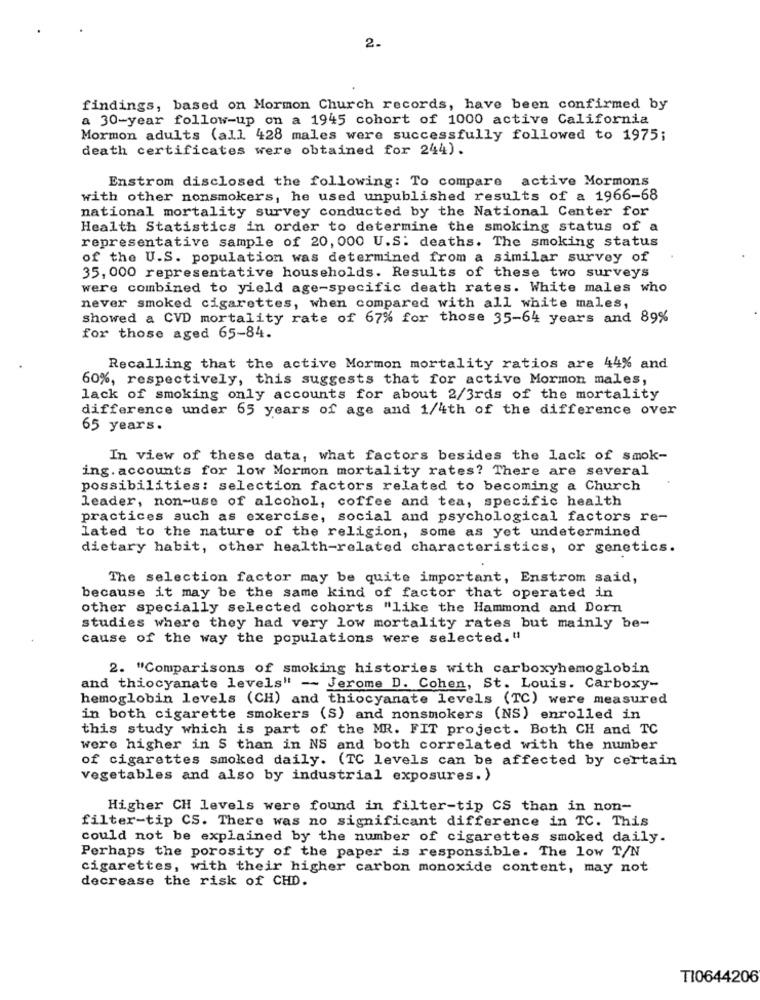
2.
findings, based on Mormon Church records, have been confirmed by
a 30-year follow-up on a 1945 cohort of 1000 active California
Mormon adults (all 428 males were successfully followed to 1975;
death certificates were obtained for 244).
Enstrom disclosed the following: To compare active Mormons
with other nonsmokers, he used unpublished results of a 1966-68
national mortality survey conducted by the National Center for
Health Statistics in order to determine the smoking status of a
representative sample of 20, 000 U.S: deaths. The smoking status
of the U.S. population was determined from a similar survey of
35, 000 representative households. Results of these two surveys
were combined to yield age-specific death rates. White males who
never smoked cigarettes, when compared with all white males,
showed a CVD mortality rate of 67% for those 35-64 years and 89%
for those aged 65-84.
Recalling that the active Mormon mortality ratios are 44% and
60%, respectively, this suggests that for active Mormon males,
lack of smoking only accounts for about 2/3rds of the mortality
difference under 65 years of age and 1/4th of the difference over
65 years.
In view of these data, what factors besides the lack of smok-
ing. accounts for low Mormon mortality rates? There are several
possibilities: selection factors related to becoming a Church
leader, non-use of alcohol, coffee and tea, specific health
practices such as exercise, social and psychological factors re-
lated to the nature of the religion, some as yet undetermined
dietary habit, other health-related characteristics, or genetics.
The selection factor may be quite important, Enstrom said,
because it may be the same kind of factor that operated in
other specially selected cohorts "like the Hammond and Dorn
studies where they had very low mortality rates but mainly be-
cause of the way the populations were selected."
2. "Comparisons of smoking histories with carboxyhemoglobin
and thiocyanate levels" - Jerome D. Cohen, St. Louis. Carboxy-
hemoglobin levels (CH) and thiocyanate levels (TC) were measured
in both cigarette smokers (S) and nonsmokers (NS) enrolled in
this study which is part of the MR. FIT project. Both CH and TC
were higher in S than in NS and both correlated with the number
of cigarettes smoked daily. (TC levels can be affected by certain
vegetables and also by industrial exposures.)
Higher CH levels were found in filter-tip CS than in non-
filter-tip CS. There was no significant difference in TC. This
could not be explained by the number of cigarettes smoked daily.
Perhaps the porosity of the paper is responsible. The low T/N
cigarettes, with their higher carbon monoxide content, may not
decrease the risk of CHD.
TI0644206